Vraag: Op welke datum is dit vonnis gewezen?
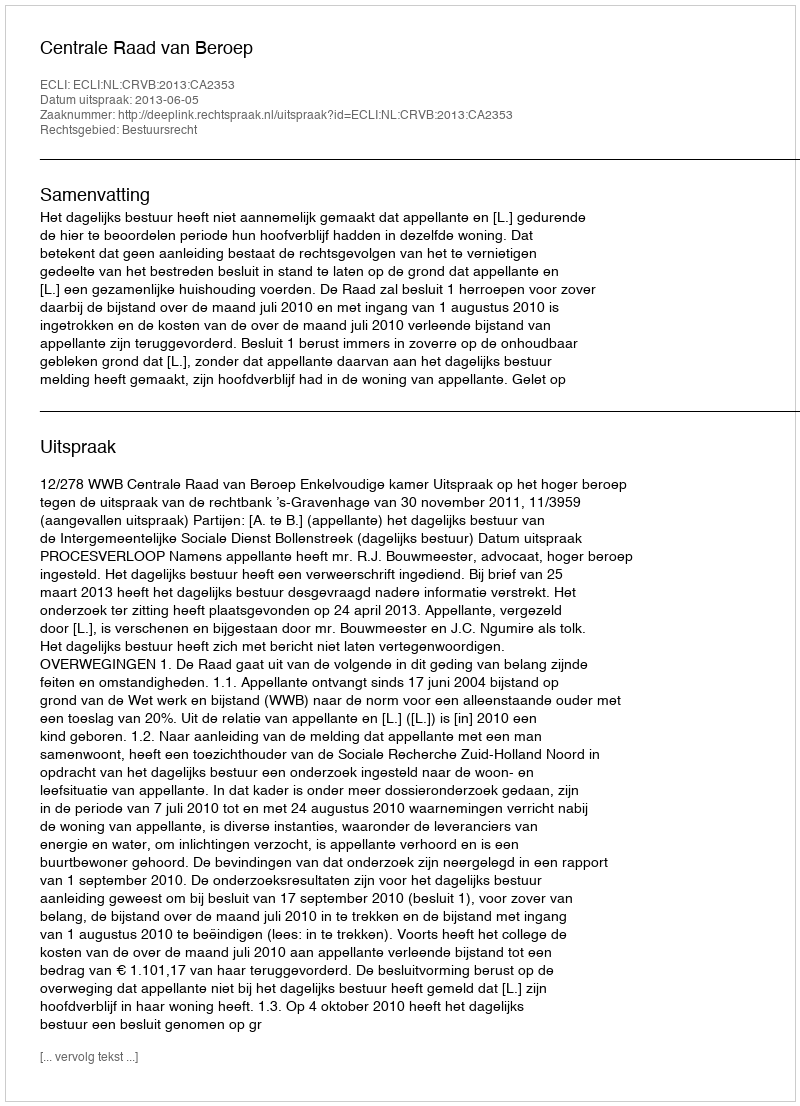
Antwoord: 2013-06-05